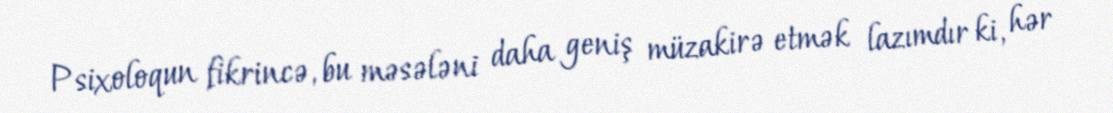
Psixoloqun fikrincə, bu məsələni daha geniş müzakirə etmək lazımdır ki, hər